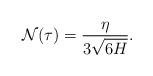
LaTeX: \begin{align*}\mathcal{N}(\tau) = \frac{\eta}{3\sqrt{6H}}.\end{align*}